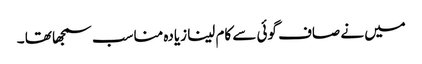
میں نے صاف گوئی سے کام لینا زیادہ مناسب سمجھا تھا ۔